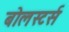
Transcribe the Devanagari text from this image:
बोलस्टर्स